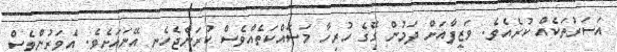
އަސަރުތަކެއް ކުރެއެވެ. ވަޒީފާއަށް ދަމުން ގޭގެ ހުރިހާ މަސައްކަތެއްވެސް ކުރަންޖެހެނީ އޭނައަށެވެ. އެވަރުންވެސް